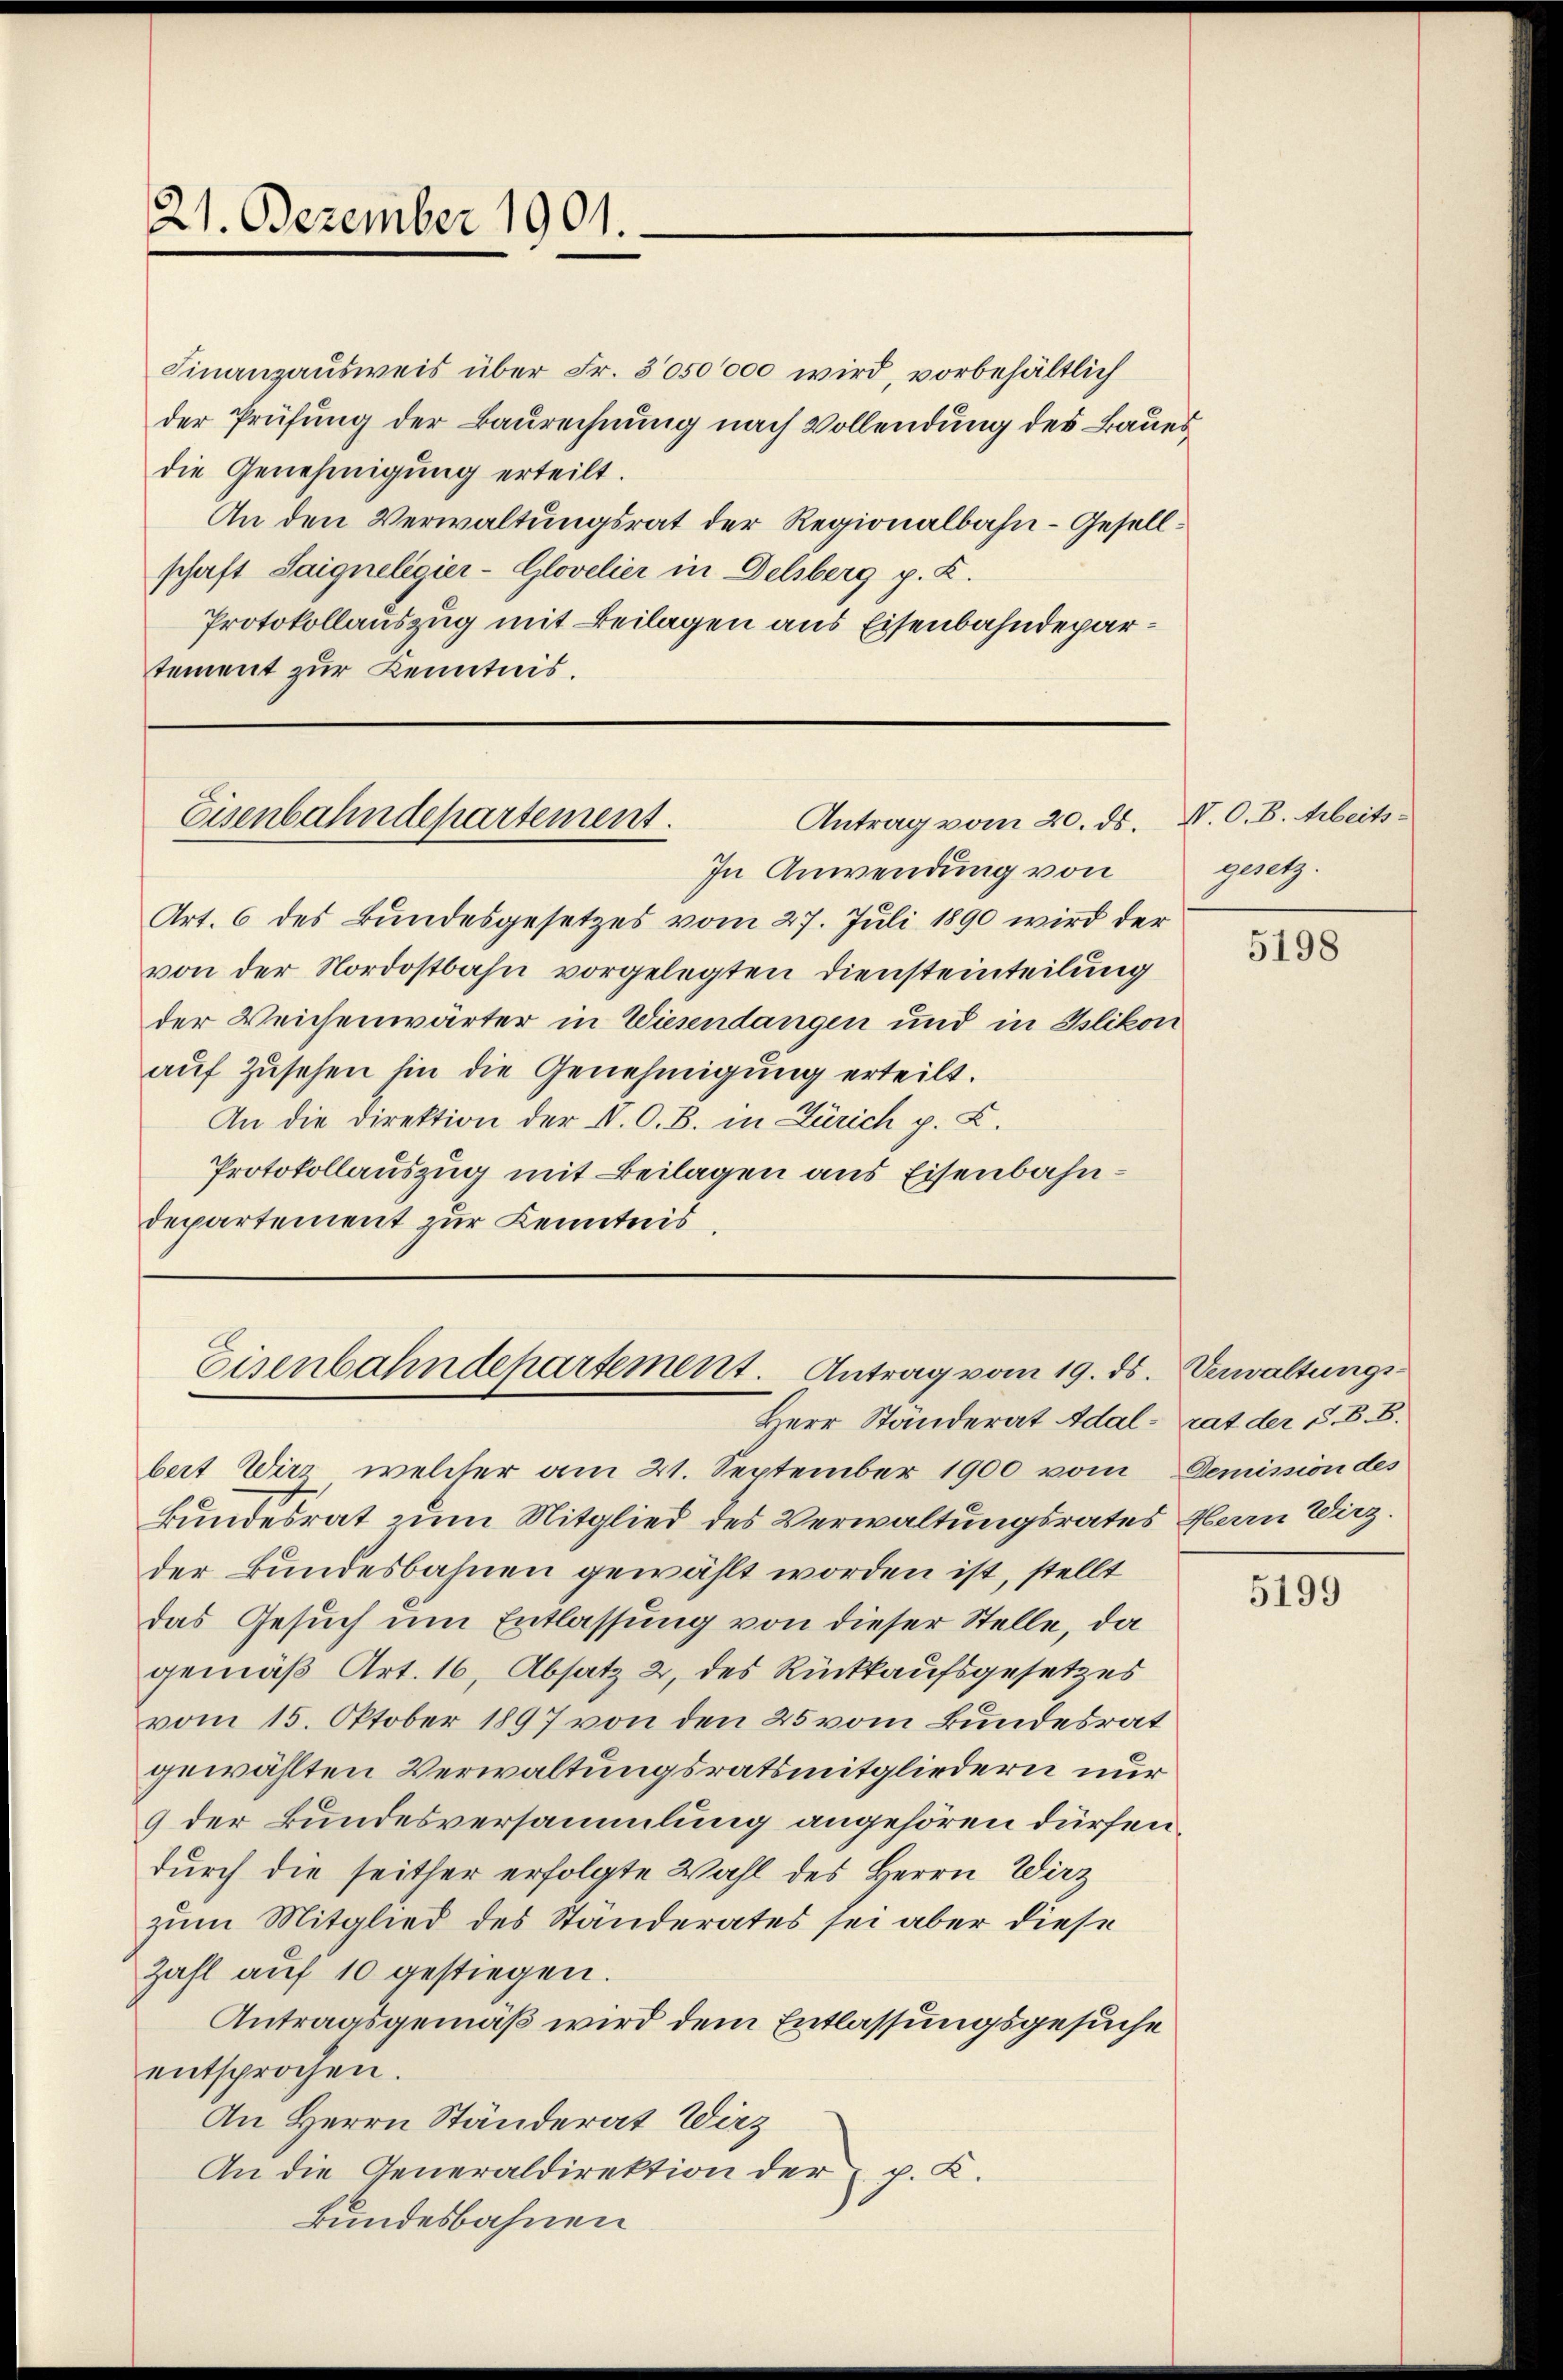
Finanzausweis über Fr. 3050000 wird, vorbehältlich
der Prüfung der Baurechnung nach Vollendung des Baues
die Genehmigung erteilt.
An den Verwaltungsrat der Regionalbahn-Gesellschaft Saigneligier-Glovelier in Delsberg p. K.
Protokollauszug mit Beilagen aus Eisenbahndepartement zur Kenntnis.

21. Dezember 1901.

Antrag vom 20. ds. N. O. B. Arbeits¬
Eisenbahndepartement.

In Anwendung von
Art. 6 des Bundesgesetzes vom 27. Juli 1890 wird der
von der Nordostbahn vorgelegten Diensteinteilung
der Weichenwärter in Wiesendangen und in Islikon
auf Zusehen hin die Genehmigung erteilt.
An die Direktion der N. O. B. in Zürich p. C.
Protokollauszug mit Beilagen aus Eisenbahndepartement zur Kenntnis.

Eisenbahndepartement. Antrag vom 19. ds. Verwaltungs¬

gesetz.

Herr Standerat Adalrat der S. B. B.
bert Wirz, welcher am 21. September 1900 vom Demission des
Bundesrat zum Mitglied des Verwaltungsrates Herrn Wirz.
der Bundesbahnen gewählt worden ist, stellt
das Gesuch um Entlassung von dieser Stelle, da
gemäß Art. 16, Absatz 2, des Rückkaufsgesetzes
vom 15. Oktober 1897 von den 25 vom Bundesrat
gewählten Verwaltungsratsmitgliedern nur
9 der Bundesversammlung angehören dürfen.
durch die seither erfolgte Wahl des Herrn Wirz
zum Mitglied des Ständerates sei aber diese
Zahl auf 10 gestiegen.
Antragsgemäß wird dem Entlassungsgesuche
entsprochen.
An Herrn Ständerat Wirz
An die Generaldirektion der p. K.
kundesbahnen

5198

5199